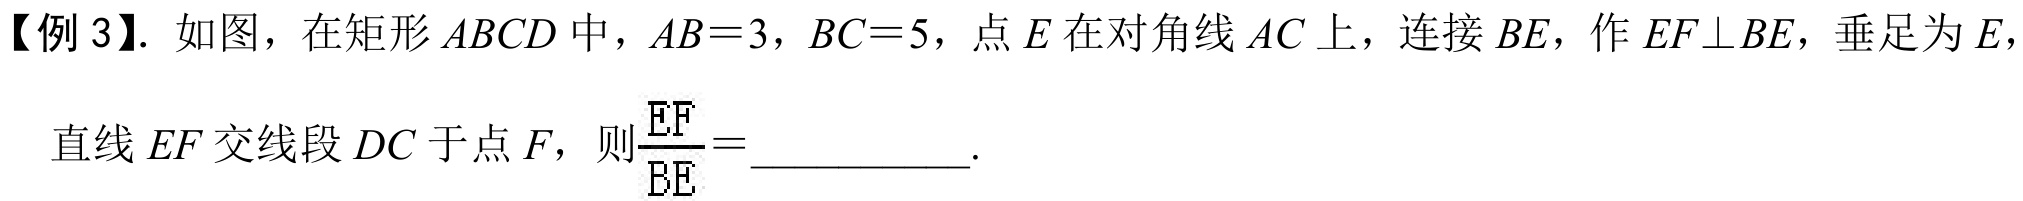
【例 3】. 如图，在矩形 \(ABCD\) 中，\(AB = 3\)，\(BC = 5\)，点 \(E\) 在对角线 \(AC\) 上，连接 \(BE\)，作 \(EF\perp BE\)，垂足为 \(E\)，

直线 \(EF\) 交线段 \(DC\) 于点 \(F\)，则\(\frac{EF}{BE}=\_\_\_\_\_\_\).